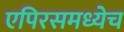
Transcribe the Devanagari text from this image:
एपिरसमध्येच